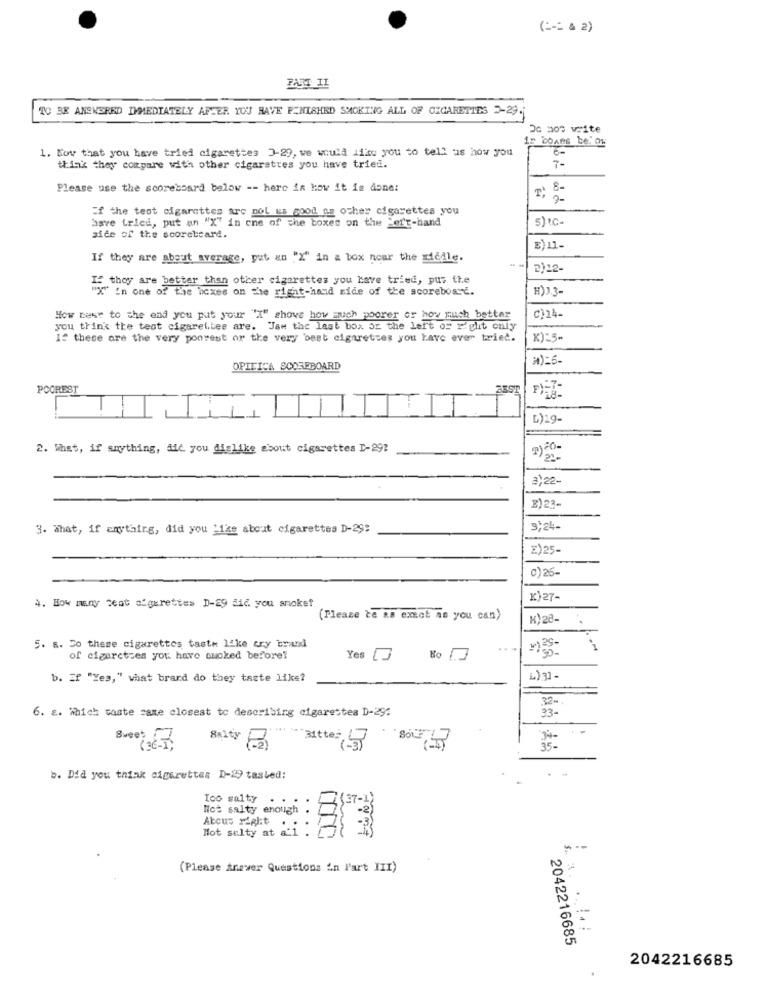
( =-= & 2)
PART II
TO BE ANSWERED IMMEDIATELY AFTER YOU HAVE FINISHED SMOKING ALL OF CIGARETTES 2-29.
in cones be ow
1. Now that you have tried cigarettes 3-29, we would like you to tell us how you
think they compare with other cigarettes you have tried.
7-
Please use the scoreboard below -- here in how it ie done:
00 ch
if the teot cigarettes arc nol us wood as other cigarettes you
5)IC-
asve trica, put an "X" in one of the boxes on the Left-hand
side of the scoreboard.
E) 11-
If they are about average, put an "X" in a box nour the riddle.
2)22-
5. they are better than other cigarettes you have tried, pus the
"X" in one of the hexes on the right-hand side of the scoreboard.
H)13.
C)14-
How next to the end you put your "X" shove how much poorer or how much better
you think the test cigarettee are. Jar the last box or the left or right only
If these are the very poorest or the very best cigarettes you have ever tried.
X):5-
OPIEICA SCOREBOARD
POOREST
BEST
TIT
T
1
L):9-
2. What, if anything, ale you dislike about cigarettes I-29?
3)22-
E) 23-
3. What, if anytaire, did you '1ks about cigarettes D-29:
9,24-
c)26-
4. How many teat cigarettes D-29 did you smoke?
K)27-
(Please ta as exsot as you can)
K) 28-
5. s. Co these cigarettes taste like cry brand
of cigaretses you have qwoked beforef
Yes
b. If "Yes," what brand do they taste like?
4) 3] -
6. E. Which taste came closest to describing cigarettes D-29:
Sweet
*** 31tte: 33
35-
b. Did you think cigarettes D-19 tasbed:
Ico salty
...
Nict salty enough
Atous Might
Hot sulty at &'1 . 3
.: .
(Please Answer Questions in Part III)
$. 3.
2042216685
2042216685
.